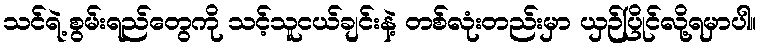
သင်ရဲ့ စွမ်းရည်တွေကို သင့်သူငယ်ချင်းနဲ့ တစ်လုံးတည်းမှာ ယှဉ်ပြိုင်လို့ရမှာပါ။